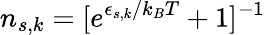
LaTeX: n_{s,k}=[e^{\epsilon_{s,k}/{k_{B}T}}+1]^{-1}